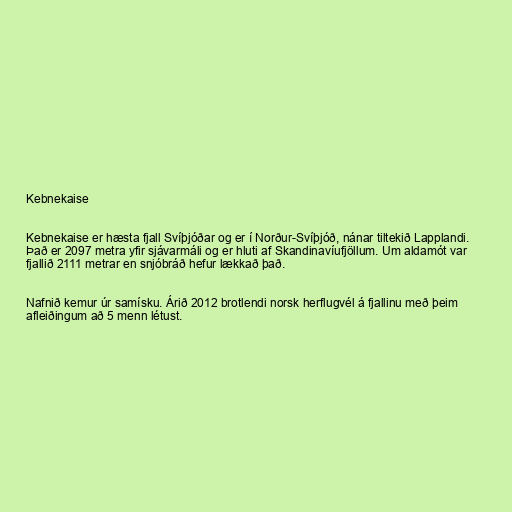
Kebnekaise

Kebnekaise er hæsta fjall Svíþjóðar og er í Norður-Svíþjóð, nánar tiltekið Lapplandi.
Það er 2097 metra yfir sjávarmáli og er hluti af Skandinavíufjöllum. Um aldamót var
fjallið 2111 metrar en snjóbráð hefur lækkað það.

Nafnið kemur úr samísku. Árið 2012 brotlendi norsk herflugvél á fjallinu með þeim
afleiðingum að 5 menn létust.